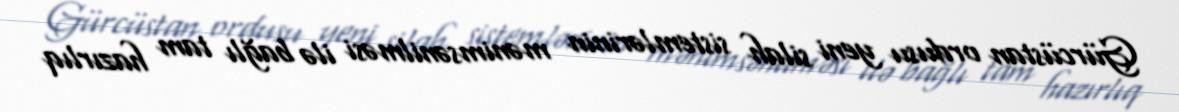
Gürcüstan ordusu yeni silah sistemlərinin mənimsənilməsi ilə bağlı tam hazırlıq